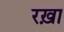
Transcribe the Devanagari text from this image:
रख़ा